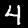
Digit: 4